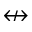
\nleftrightarrow